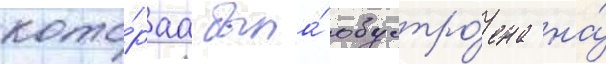
кото́раа была́ обустро́ена на́